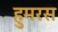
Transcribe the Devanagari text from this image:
हुमरस